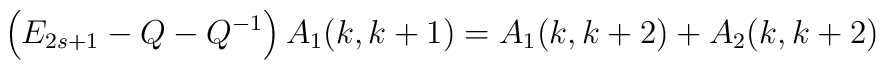
\left( E_{2s+1}-Q-Q^{-1}\right) A_{1}(k,k+1)=A_{1}(k,k+2)+A_{2}(k,k+2)